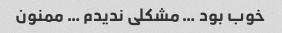
خوب بود … مشکلی ندیدم … ممنون